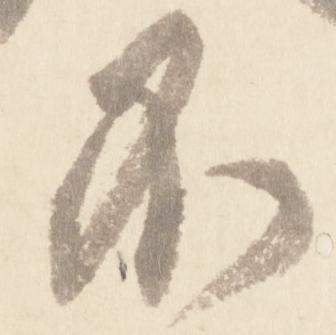
不